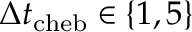
\Delta t _ { \mathrm { c h e b } } \in \{ 1 , 5 \}